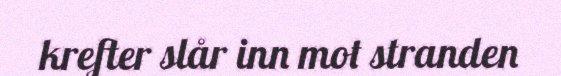
krefter slår inn mot stranden